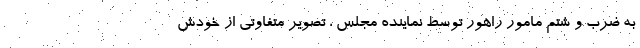
به ضرب و شتم مامور راهور توسط نماینده مجلس ، تصویر متفاوتی از خودش